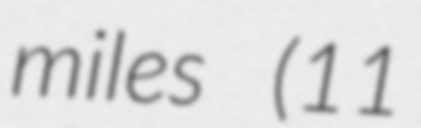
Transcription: miles (11